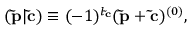
\begin{array} { r } { ( \mathbf { \tilde { p } } | \mathbf { \tilde { c } } ) \equiv ( - 1 ) ^ { l _ { \mathbf { \tilde { c } } } } ( \mathbf { \tilde { p } } + \mathbf { \tilde { c } } ) ^ { ( 0 ) } , } \end{array}